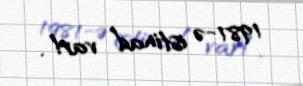
1981-ə istinad var!.